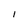
Character: I